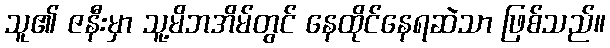
သူ၏ ဇနီးမှာ သူ့မိဘအိမ်တွင် နေထိုင်နေရဆဲသာ ဖြစ်သည်။